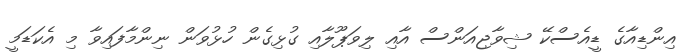
އިންޑިއާގެ ޑީއެސްކޭ ޝިވާޖިއަންސް އާއި ލިވަޕޫލާއި ގުޅިގެން ހުޅުވަން ނިންމާފައިވާ މި އެކަޑަމީ